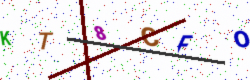
Text: KT8CFO